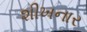
શીખનાર